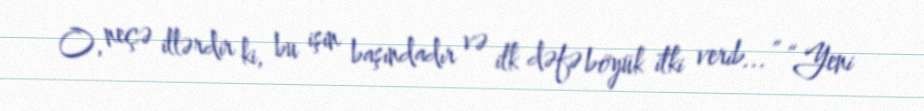
O, neçə illərdir ki, bu işin başındadır və ilk dəfə böyük itki verib...” “Yeni